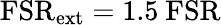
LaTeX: \mathrm{FSR}_{\mathrm{ext}}=1.5~\mathrm{FSR}